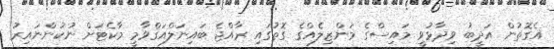
އެގޮތުން އަދީބު ވިދާޅުވީ މައިސްގެ މަންޒިލެއްގެ ގޮތުގައި ރާއްޖެ ބައިނަލްއަޤްވާމީ މާކެޓަށް ނުކުންނައިރު